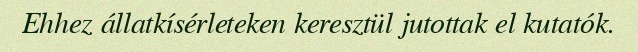
Ehhez állatkísérleteken keresztül jutottak el kutatók.